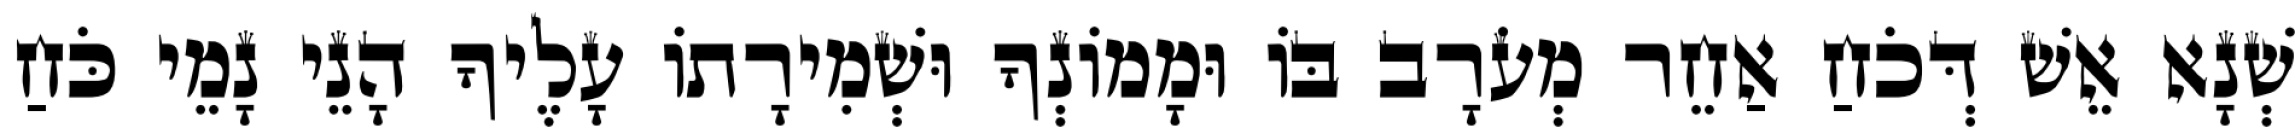
שְׁנָא אֵשׁ דְּכֹחַ אַחֵר מְעֹרָב בּוֹ וּמָמוֹנְךָ וּשְׁמִירָתוֹ עָלֶיךָ הָנֵי נָמֵי כֹּחַ